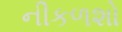
નીકળશો